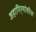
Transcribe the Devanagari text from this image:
जहागिर्‍यांशीच